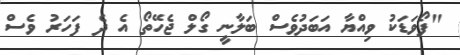
"ފޯވަޑަކު ވިއްޔާ އަބަދުވެސް ބަލާނީ ގޯލް ޖެހޭތޯ އެ ދެ ފަހަރު ވެސް